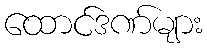
ထောင်ဒဏ်များ